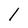
Character: l